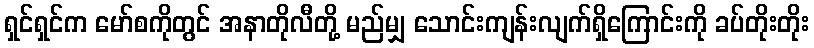
ရှင်ရှင်က မော်စကိုတွင် အနာတိုလီတို့ မည်မျှ သောင်းကျန်းလျက်ရှိကြောင်းကို ခပ်တိုးတိုး